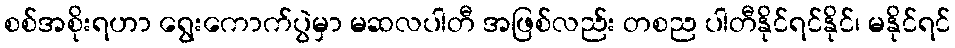
စစ်အစိုးရဟာ ရွေးကောက်ပွဲမှာ မဆလပါတီ အဖြစ်လည်း တစည ပါတီနိုင်ရင်နိုင်၊ မနိုင်ရင်